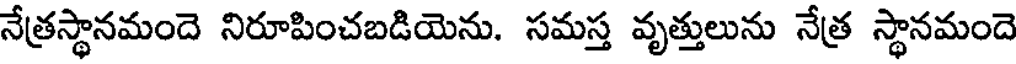
నేత్రస్థానమందె నిరూపించబడియెను. సమస్త వృత్తులును నేత్ర స్థానమందె